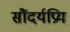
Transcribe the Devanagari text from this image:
सौंदर्यप्रिय